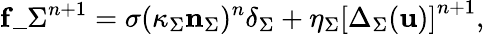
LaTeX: \mathbf{f}\_ {\Sigma}^{n+1}=\sigma(\kappa_{\Sigma}\mathbf{n}_{\Sigma})^{n}\delta_{\Sigma}+\eta_{\Sigma}\left[\Delta_{\Sigma}(\mathbf{u})\right]^{n+1},